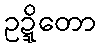
ဥဍ္ဍိတော